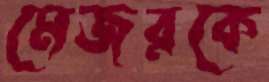
মেজরকে